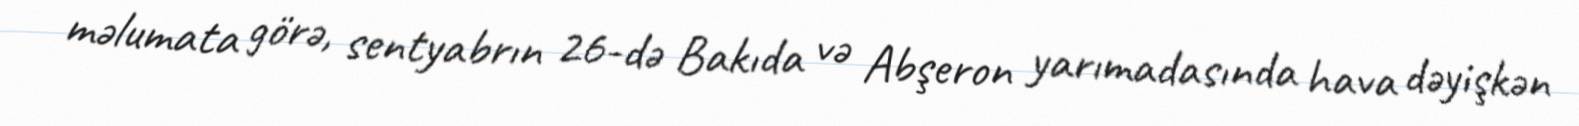
məlumata görə, sentyabrın 26-də Bakıda və Abşeron yarımadasında hava dəyişkən